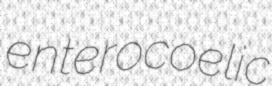
enterocoelic